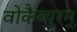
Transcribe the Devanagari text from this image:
वोकैब्युरम्